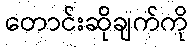
တောင်းဆိုချက်ကို